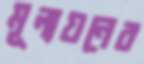
মূল্যয়নের